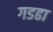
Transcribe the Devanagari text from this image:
गडढा